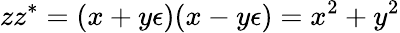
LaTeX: zz^{\ast}=(x+y\epsilon)(x-y\epsilon)=x^{2}+y^{2}